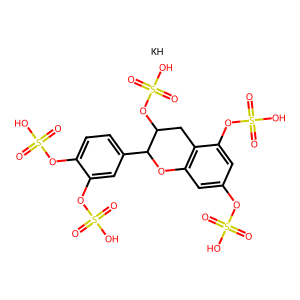
SMILES: O=S(=O)(O)Oc1cc2c(c(OS(=O)(=O)O)c1)CC(OS(=O)(=O)O)C(c1ccc(OS(=O)(=O)O)c(OS(=O)(=O)O)c1)O2.[KH]
Inhibits HIV replication: Yes